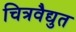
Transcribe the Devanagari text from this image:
चित्रवैद्युत